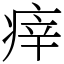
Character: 㾕